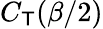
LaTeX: C_{\mathsf{T}}(\beta/2)